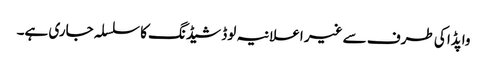
واپڈا کی طرف سے غیر اعلانیہ لوڈ شیڈنگ کا سلسلہ جاری ہے۔